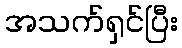
အသက်ရှင်ပြီး